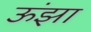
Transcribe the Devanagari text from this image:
ऊंझा